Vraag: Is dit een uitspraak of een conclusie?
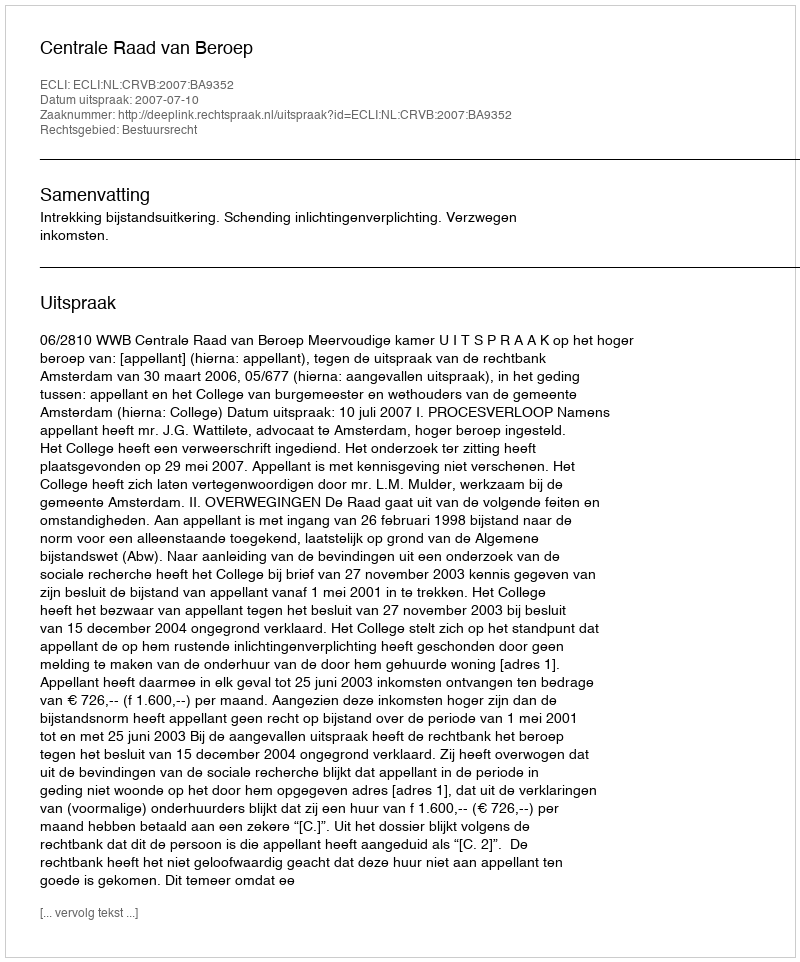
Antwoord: Uitspraak